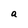
Character: a